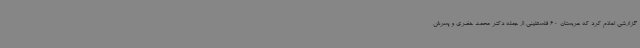
گزارشی اعلام کرد که عربستان 60 فلسطینی از جمله دکتر محمد خضری و پسرش